Lunatic asylums Madras 1892-1911 - 1892-1911
Year: 1892
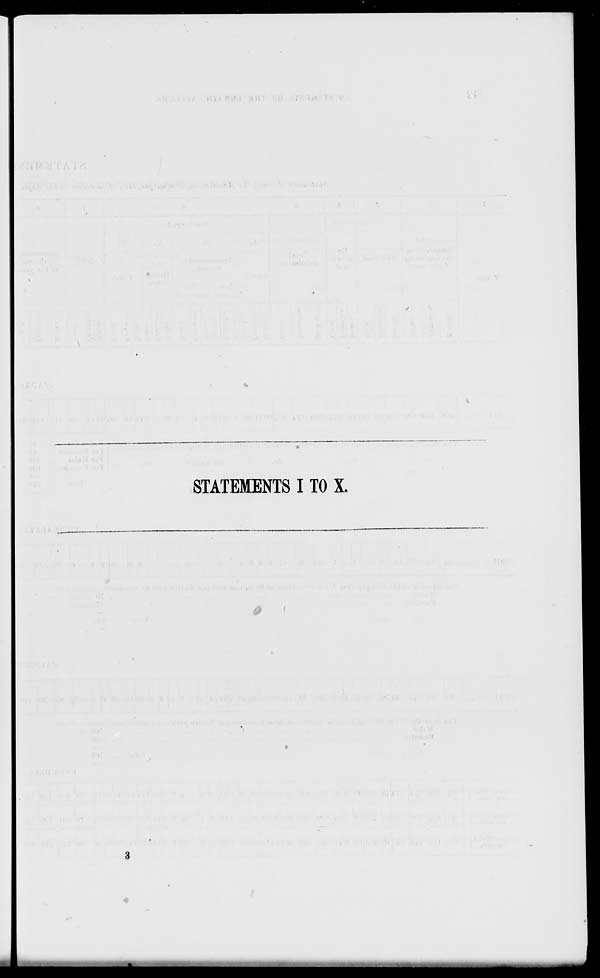
STATEMENTS I TO X.
3